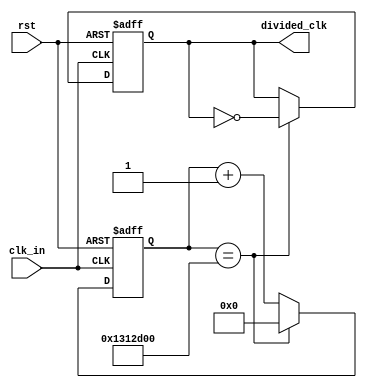
`timescale 1ns / 1ps
//////////////////////////////////////////////////////////////////////////////////
// Company: 
// Engineer: 
// 
// Create Date:    
// Design Name: 
// Module Name:    clk_divider 
// Project Name: 
// Target Devices: 
// Tool versions: 
// Description: 
//
// Dependencies: Generates a clock with period 50 ms, from 25 MHz input clock, T=0.00004 ms
//						A counter counts till 625.000 = 010011000100101101000
// Revision: 
// Revision 0.01 - File Created
// Additional Comments: 
//
//////////////////////////////////////////////////////////////////////////////////
module clk_divider240(
	input clk_in,
	input rst,
	output reg divided_clk
    );
	 
	 

parameter toggle_value = 25'b1001100010010110100000000;
	 
reg[24:0] cnt;

always@(posedge clk_in or posedge rst)
begin
	if (rst==1) begin
		cnt <= 0;
		divided_clk <= 0;
	end
	else begin
		if (cnt==toggle_value) begin
			cnt <= 0;
			divided_clk <= ~divided_clk;
		end
		else begin
			cnt <= cnt +1;
			divided_clk <= divided_clk;		
		end
	end

end
			  
	


endmodule